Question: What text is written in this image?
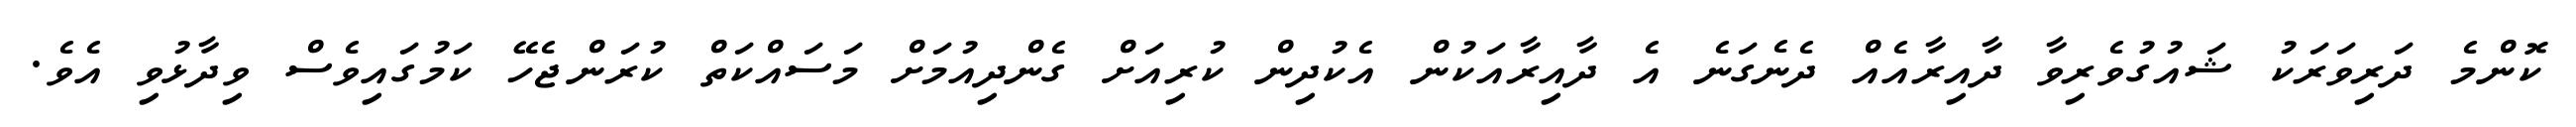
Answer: ކޮންމެ ދަރިވަރަކު ޝައުގުވެރިވާ ދާއިރާއެއް ދެނެގަނެ އެ ދާއިރާއަކުން އެކުދިން ކުރިއަށް ގެންދިއުމަށް މަސައްކަތް ކުރަންޖެހޭ ކަމުގައިވެސް ވިދާޅުވި އެވެ.